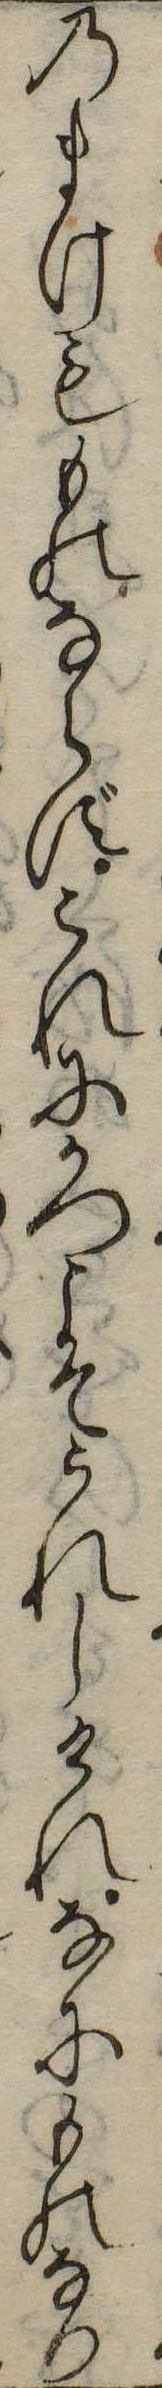
のまけもものならずこれにかつこそうれしけれなにものなり